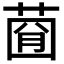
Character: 𦴠